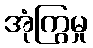
အုံကြွမှု